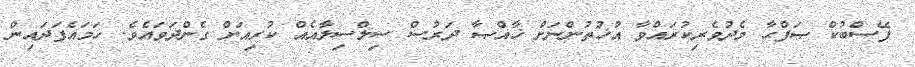
ފޭސްބުކް ޞަފްޙާ މެދުވެރިކުރައްވާ އުޚުތުންނަށް ޚާއްޞާ ދަރުސް ސިލްސިލާއެއް ކުރިއަށް ގެންދަވައެވެ. ހަމައެފަދައިން